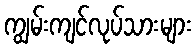
ကျွမ်းကျင်လုပ်သားများ